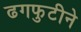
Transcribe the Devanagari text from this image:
ढगफुटीने